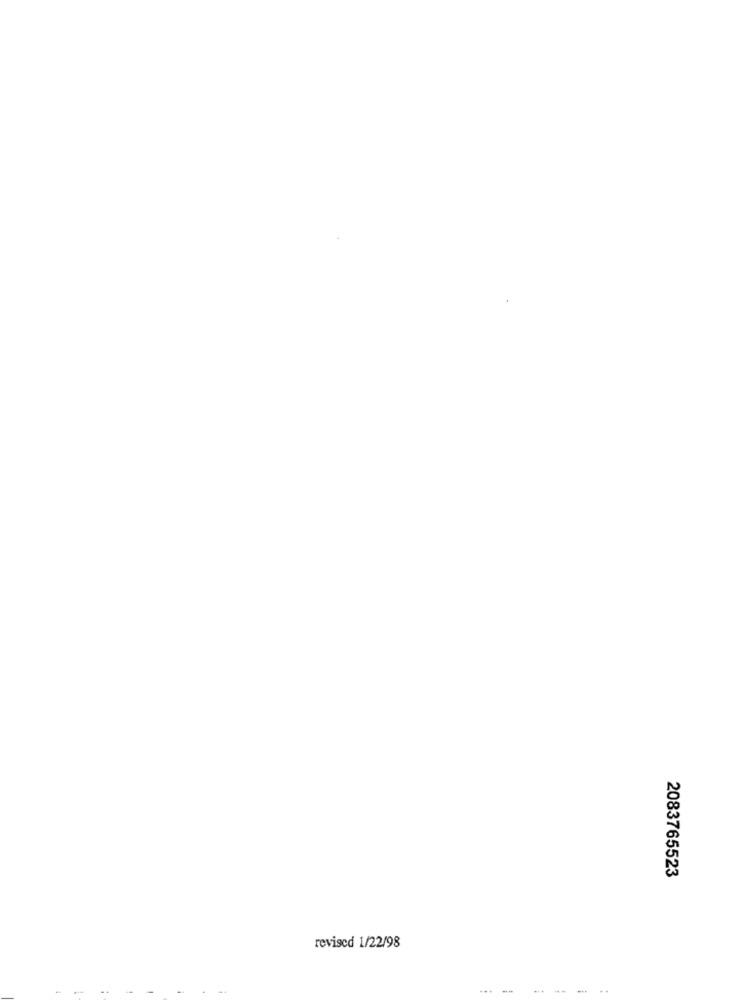
2083765523
revised 1/22/98
--